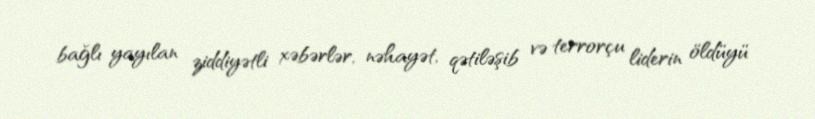
bağlı yayılan ziddiyətli xəbərlər, nəhayət, qətiləşib və terrorçu liderin öldüyü